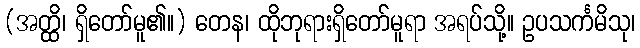
(အတ္ထိ၊ ရှိတော်မူ၏။) တေန၊ ထိုဘုရားရှိတော်မူရာ အရပ်သို့။ ဥပသင်္ကမိသု၊